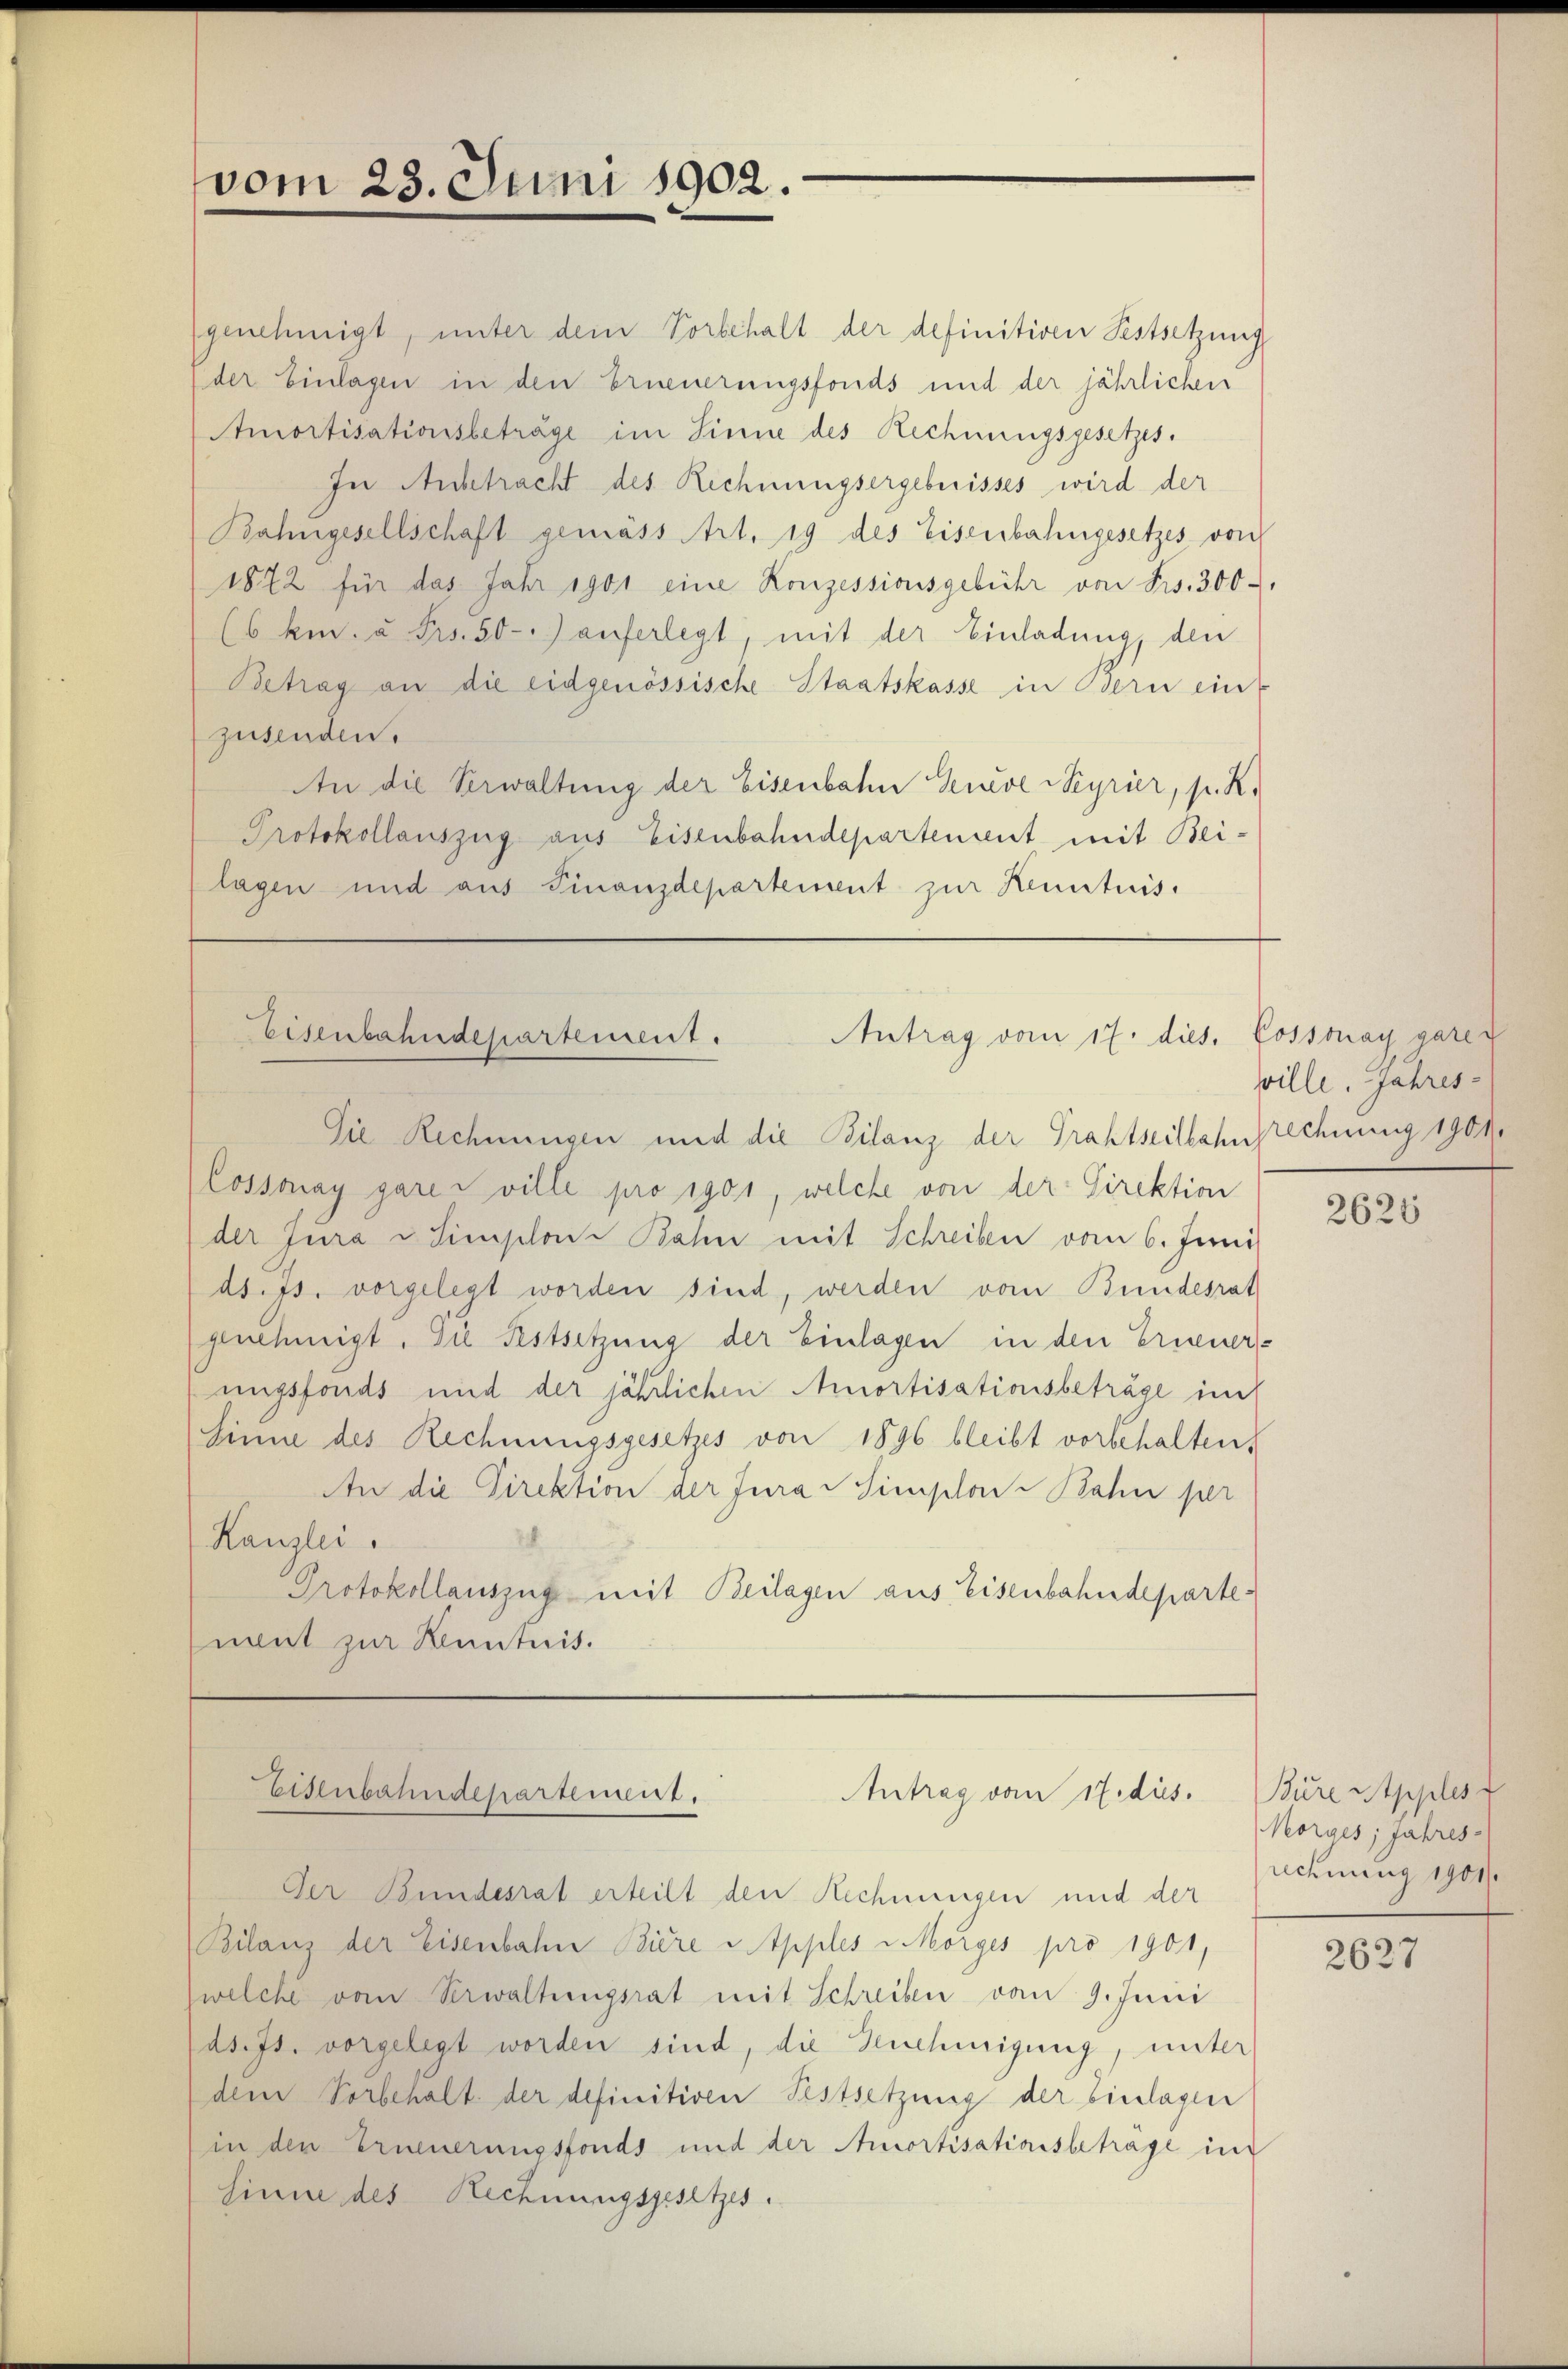
vom 23. Juni 1902.

Antrag vom 17. dies. Kossonay gerec
Eisenbahndepartement.

genehmigt, unter dem Vorbehalt der definitiven Festsetzung
der Einlagen in den Erneuerungsfonds und der jährlichen
Amortisationsbeträge im Sinne des Rechnungsgesetzes.
In Anbetracht des Rechnungsergebnisses wird der
Bahngesellschaft gemäss Art. 19 des Eisenbahngesetzes von
1872 für das Jahr 1901 eine Konzessionsgebühr von Frs. 300
(6 km u Frs. 50) auferlegt, mit der Einladung, den
Betrag an die eidgenössische Staatskasse in Bern ein
zusenden.
An die Verwaltung der Eisenbahn Geneve Meyrier, p. K.
Protokollauszug aus Eisenbahndepartement mit Bei-
lagen und aus Finanzdepartement zur Kenntnis.

Die Rechnungen und die Bilanz der Grahtseitbahnbrechnung 1901.
Cossonay gare ville pro 1901, welche von der Direktion
der Jura Simplon Bahn mit Schreiben vom 6. Juni
dd. Js. vorgelegt worden sind, werden vom Bundesrat
genehmigt. Die Festsetzung der Einlagen in den Erneuerungsfonds und der jährlichen Amortisationsbeträge im
sinne des Rechnungsgesetzes von 1896 bleibt vorbehalten,
An die Direktion der Jura   Simplon Bahn per
Kanzlei.
Protokollauszug mit Beilagen aus Eisenbahndepartenant zur Kenntnis.

Eisenbahndepartement.
Antrag vom 17. dies.

Der Bundesrat erteilt den Rechnungen und der
Bilanz der Eisenbahn Biere u Apples vorges pro 1901,
welche vom Verwaltungsrat mit Schreiben vom 9. Juni
ds. Js. vorgelegt worden sind, die Genehmigung, unter
dem Vorbehalt der definitiven Festsetzung der Einlagen
in den Erneuerungsfonds und der Amortisationsbetrage in
sinne des Rechnungsgesetzes.

ville. Jahres-

2620

Bure Stpples d
Morges, Jahres-
rechnung 1901/

2627